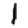
Digit: 1